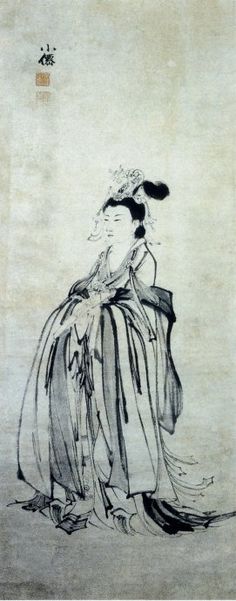
今士之用身，不若商人之用一布之慎也。